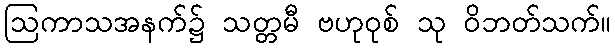
ဩကာသအနက်၌ သတ္တမီ ဗဟုဝုစ် သု ဝိဘတ်သက်။